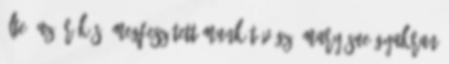
élte. Az örökös, megfeszített munkát végző Mary Sue gyakran